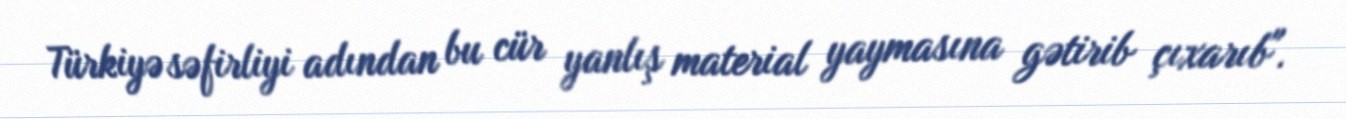
Türkiyə səfirliyi adından bu cür yanlış material yaymasına gətirib çıxarıb".